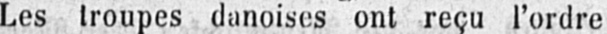
Les troupes danoises ont reçu l’ordre